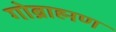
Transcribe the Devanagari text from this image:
गोब्राह्मण